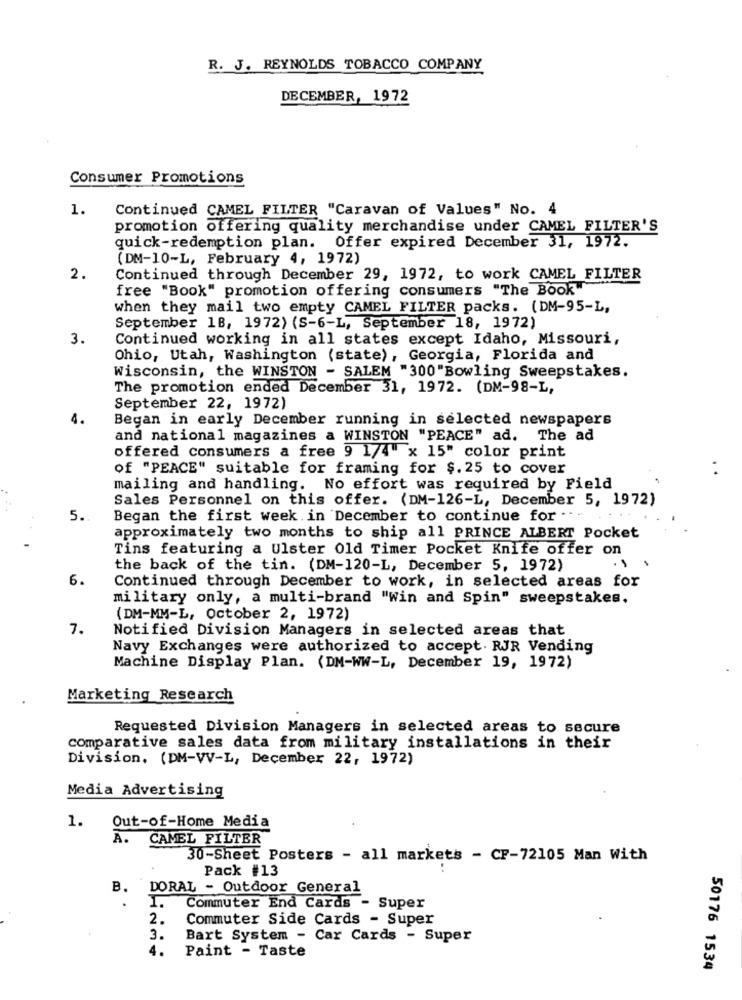
R. J. REYNOLDS TOBACCO COMPANY
DECEMBER, 1972
Consumer Promotions
1.
Continued CAMEL FILTER "Caravan of Values" No. 4
promotion offering quality merchandise under CAMEL FILTER'S
quick-redemption plan. Offer expired December 31, 1972.
(DM-10-L, February 4, 1972)
2.
Continued through December 29, 1972, to work CAMEL FILTER
free "Book" promotion offering consumers "The Book"
when they mail two empty CAMEL FILTER packs. (DM-95-L,
September 1B, 1972) (S-6-L, September 18, 1972)
3.
Continued working in all states except Idaho, Missouri,
Ohio, Utah, Washington (state), Georgia, Florida and
Wisconsin, the WINSTON - SALEM "300"Bowling Sweepstakes.
The promotion ended December 31, 1972. (DM-98-L,
September 22, 1972)
4.
Began in early December running in selected newspapers
and national magazines a WINSTON "PEACE" ad. The ad
offered consumers a free 9 1/4" x 15" color print
of "PEACE" suitable for framing for $. 25 to cover
mailing and handling. No effort was required by Field
Sales Personnel on this offer. (DM-126-L, December 5, 1972)
5.
Began the first week in December to continue for .
approximately two months to ship all PRINCE ALBERT Pocket
Tins featuring a Ulster Old Timer Pocket Knife offer on
the back of the tin. (DM-120-L, December 5, 1972)
6.
Continued through December to work, in selected areas for
military only, a multi-brand "Win and Spin" sweepstakes.
(DM-MM-L, October 2, 1972)
7.
Notified Division Managers in selected areas that
Navy Exchanges were authorized to accept. RJR Vending
Machine Display Plan. (DM-WW-L, December 19, 1972)
Marketing Research
Requested Division Managers in selected areas to secure
comparative sales data from military installations in their
Division. (DM-VV-L, December 22, 1972)
Media Advertising
1.
Out-of-Home Media
A.
CAMEL FILTER
30-Sheet Posters - all markets - CF-72105 Man With
Pack #13
DORAL - Outdoor General
I.
Commuter End Cards - Super
2.
Commuter Side Cards - Super
3.
Bart System - Car Cards - Super
4.
Paint - Taste
50176 1534